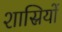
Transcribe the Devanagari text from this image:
शास्रियों